Preliminary report on the development of the Leishman-Donovan body in the bed bug - Number 27
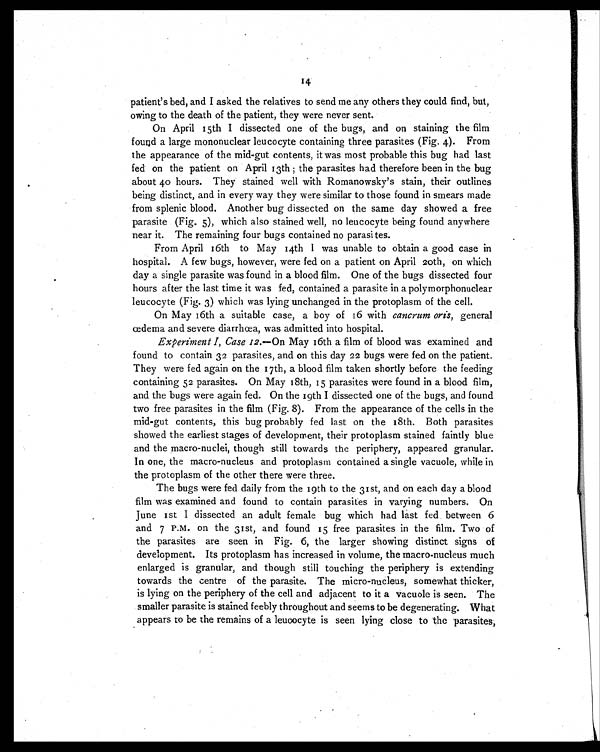
14
patient's bed, and I asked the relatives to send me any others they could find, but,
owing to the death of the patient, they were never sent.
On April 15th I dissected one of the bugs, and on staining the film
found a large mononuclear leucocyte containing three parasites (Fig, 4). From
the appearance of the mid-gut contents, it was most probable this bug had last
fed on the patient on April 13th ; the parasites had therefore been in the bug
about 40 hours. They stained well with Romanowsky's stain, their outlines
being distinct, and in every way they were similar to those found in smears made
from splenic blood. Another bug dissected on the same day showed a free
parasite (Fig. 5), which also stained well, no leucocyte being found anywhere
near it. The remaining four bugs contained no parasites.
From April 16th to May 14th I was unable to obtain a good case in
hospital. A few bugs, however, were fed on a patient on April 20th, on which
day a single parasite was found in a blood film. One of the bugs dissected four
hours after the last time it was fed, contained a parasite in a polymorphonuclear
leucocyte (Fig. 3) which was lying unchanged in the protoplasm of the cell.
On May 16th a suitable case, a boy of 16 with cancrum oris, general
œdema and severe diarrhœa, was admitted into hospital.
Experiment I, Case 12. —On May 16th a film of blood was examined and
found to contain 32 parasites, and on this day 22 bugs were fed on the patient.
They were fed again on the 17th, a blood film taken shortly before the feeding
containing 52 parasites. On May 18th, 15 parasites were found in a blood film,
and the bugs were again fed. On the 19th I dissected one of the bugs, and found
two free parasites in the film (Fig. 8). From the appearance of the cells in the
mid-gut contents, this bug probably fed last on the 18th. Both parasites
showed the earliest stages of development, their protoplasm stained faintly blue
and the macro-nuclei, though still towards the periphery, appeared granular.
In one, the macro-nucleus and protoplasm contained a single vacuole, while in
the protoplasm of the other there were three.
The bugs were fed daily from the 19th to the 31st, and on each day a blood
film was examined and found to contain parasites in varying numbers. On
June 1st I dissected an adult female bug which had last fed between 6
and 7 P.M. on the 31st, and found 15 free parasites in the film. Two of
the parasites are seen in Fig. 6, the larger showing distinct signs of
development. Its protoplasm has increased in volume, the macro-nucleus much
enlarged is granular, and though still touching the periphery is extending
towards the centre of the parasite. The micro-nucleus, somewhat thicker,
is lying on the periphery of the cell and adjacent to it a vacuole is seen. The
smaller parasite is stained feebly throughout and seems to be degenerating. What
appears to be the remains of a leucocyte is seen lying close to the parasites,